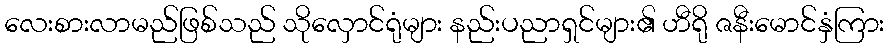
လေးစားလာမည်ဖြစ်သည် သိုလှောင်ရုံများ နည်းပညာရှင်များ၏ ဟီရို ဇနီးမောင်နှံကြား